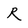
Character: R